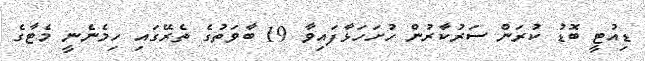
ޑިއުޓީ ބޮޑު ކުރަން ސަރުކާރުން ހުށަހަޅާފައިވާ 19 ބާވަތުގެ ތެރޭގައި ހިމެނެނީ މެޓާގެ